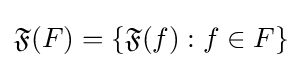
{\mathfrak {F}}(F)=\{{\mathfrak {F}}(f):f\in F\}